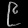
Digit: ၉